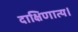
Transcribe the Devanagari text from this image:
दाक्षिणात्य।